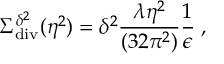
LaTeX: \Sigma _ { \mathrm { d i v } } ^ { \delta ^ { 2 } } ( \eta ^ { 2 } ) = \delta ^ { 2 } \frac { \lambda \eta ^ { 2 } } { ( 3 2 \pi ^ { 2 } ) } \frac { 1 } { \epsilon } \; ,